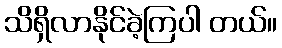
သိရှိလာနိုင်ခဲ့ကြပါ တယ်။